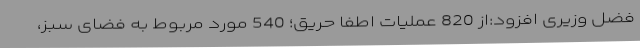
فضل وزیری افزود:از 820 عملیات اطفا حریق؛ 540 مورد مربوط به فضای سبز،